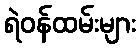
ရဲဝန်ထမ်းများ